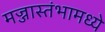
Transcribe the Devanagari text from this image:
मज्जास्तंभामध्ये